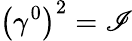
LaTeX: \left(\gamma^{0}\right)^{2}=\mathscr{I}